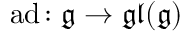
\operatorname { a d } \colon { \mathfrak { g } } \to { \mathfrak { g l } } ( { \mathfrak { g } } )